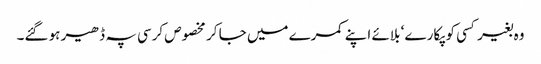
وہ بغیر کسی کو پکارے ‘ بلائے اپنے کمرے میں جا کر مخصوص کرسی پہ ڈھیر ہو گئے۔